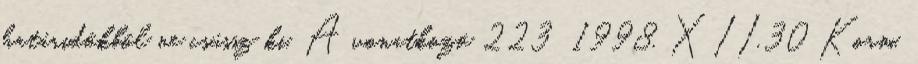
határidőkből ne csússz ki. A vonatkozó 223 1998. XII.30 Korm.